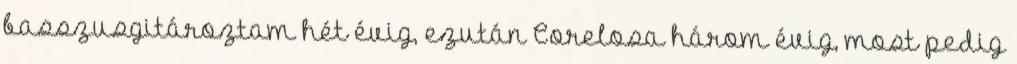
basszusgitároztam hét évig, ezután Corelosa három évig, most pedig